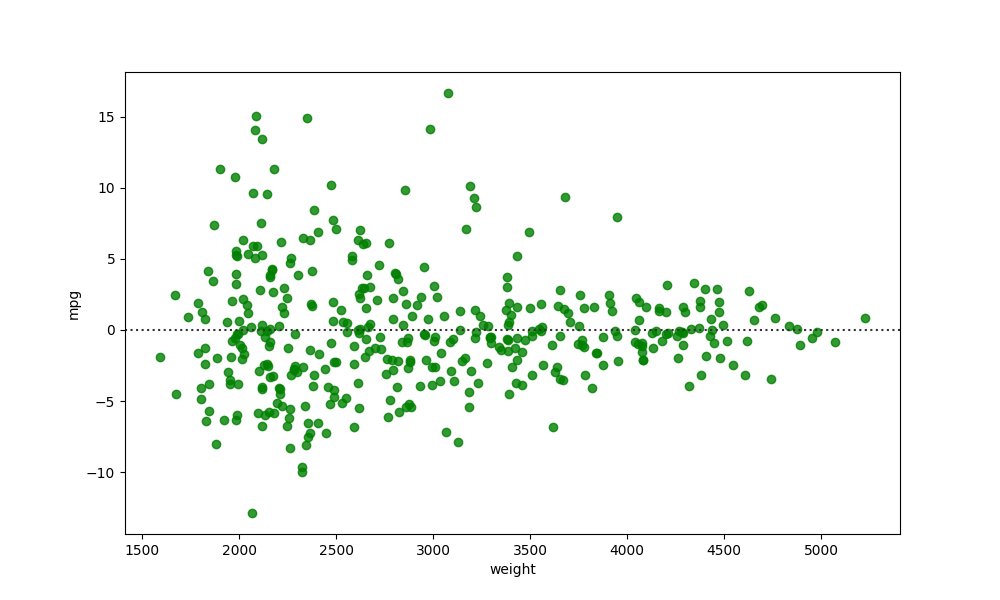
python, seaborn, residplot, lowess=False, scatter_color=green